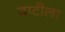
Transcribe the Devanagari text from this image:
दाटीला